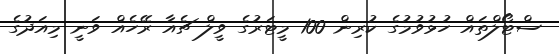
ސްޓޯލްތައް ހުޅުވުމުގެ ކުރިން 100 މީޓަރުގެ ވީލް ޗެއާ ރޭހެއް ވަނީ މިއަދުގެ